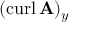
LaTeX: ( \operatorname { c u r l } \mathbf { A } ) _ { y }